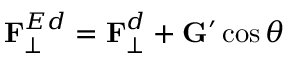
\mathbf { F } _ { \bot } ^ { E d } = \mathbf { F } _ { \bot } ^ { d } + \mathbf { G } ^ { \prime } \cos \theta